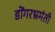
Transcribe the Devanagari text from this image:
डोंगरभ्रमंती